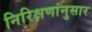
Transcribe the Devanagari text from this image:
निरिक्षणांनुसार